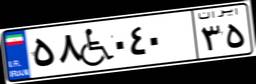
۵۸W۰۴۰۳۵